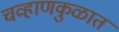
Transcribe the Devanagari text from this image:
चव्हाणकुळात